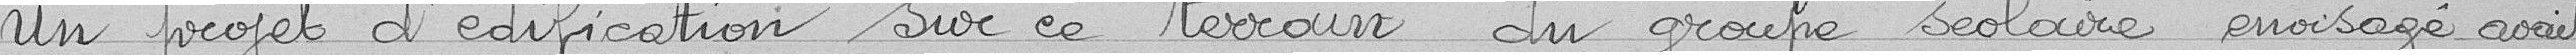
Un projet d'édification sur ce terrain du groupe scolaire envisagé avait